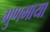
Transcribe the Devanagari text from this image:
गुणमाया